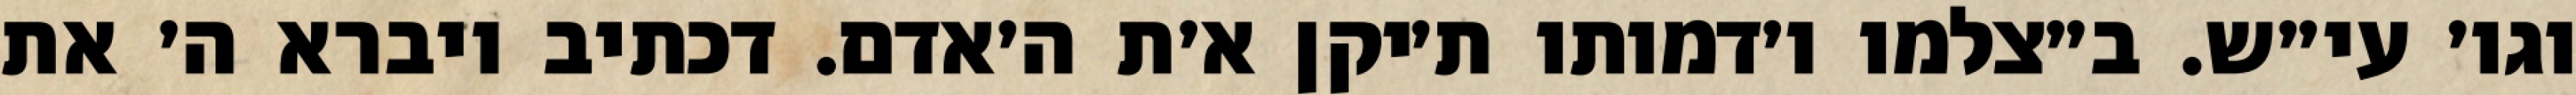
וגו׳ עי״ש. ב״צלמו ו׳דמותו ת׳יקן א׳ת ה׳אדם. דכתיב ויברא ה׳ את